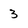
Character: 3